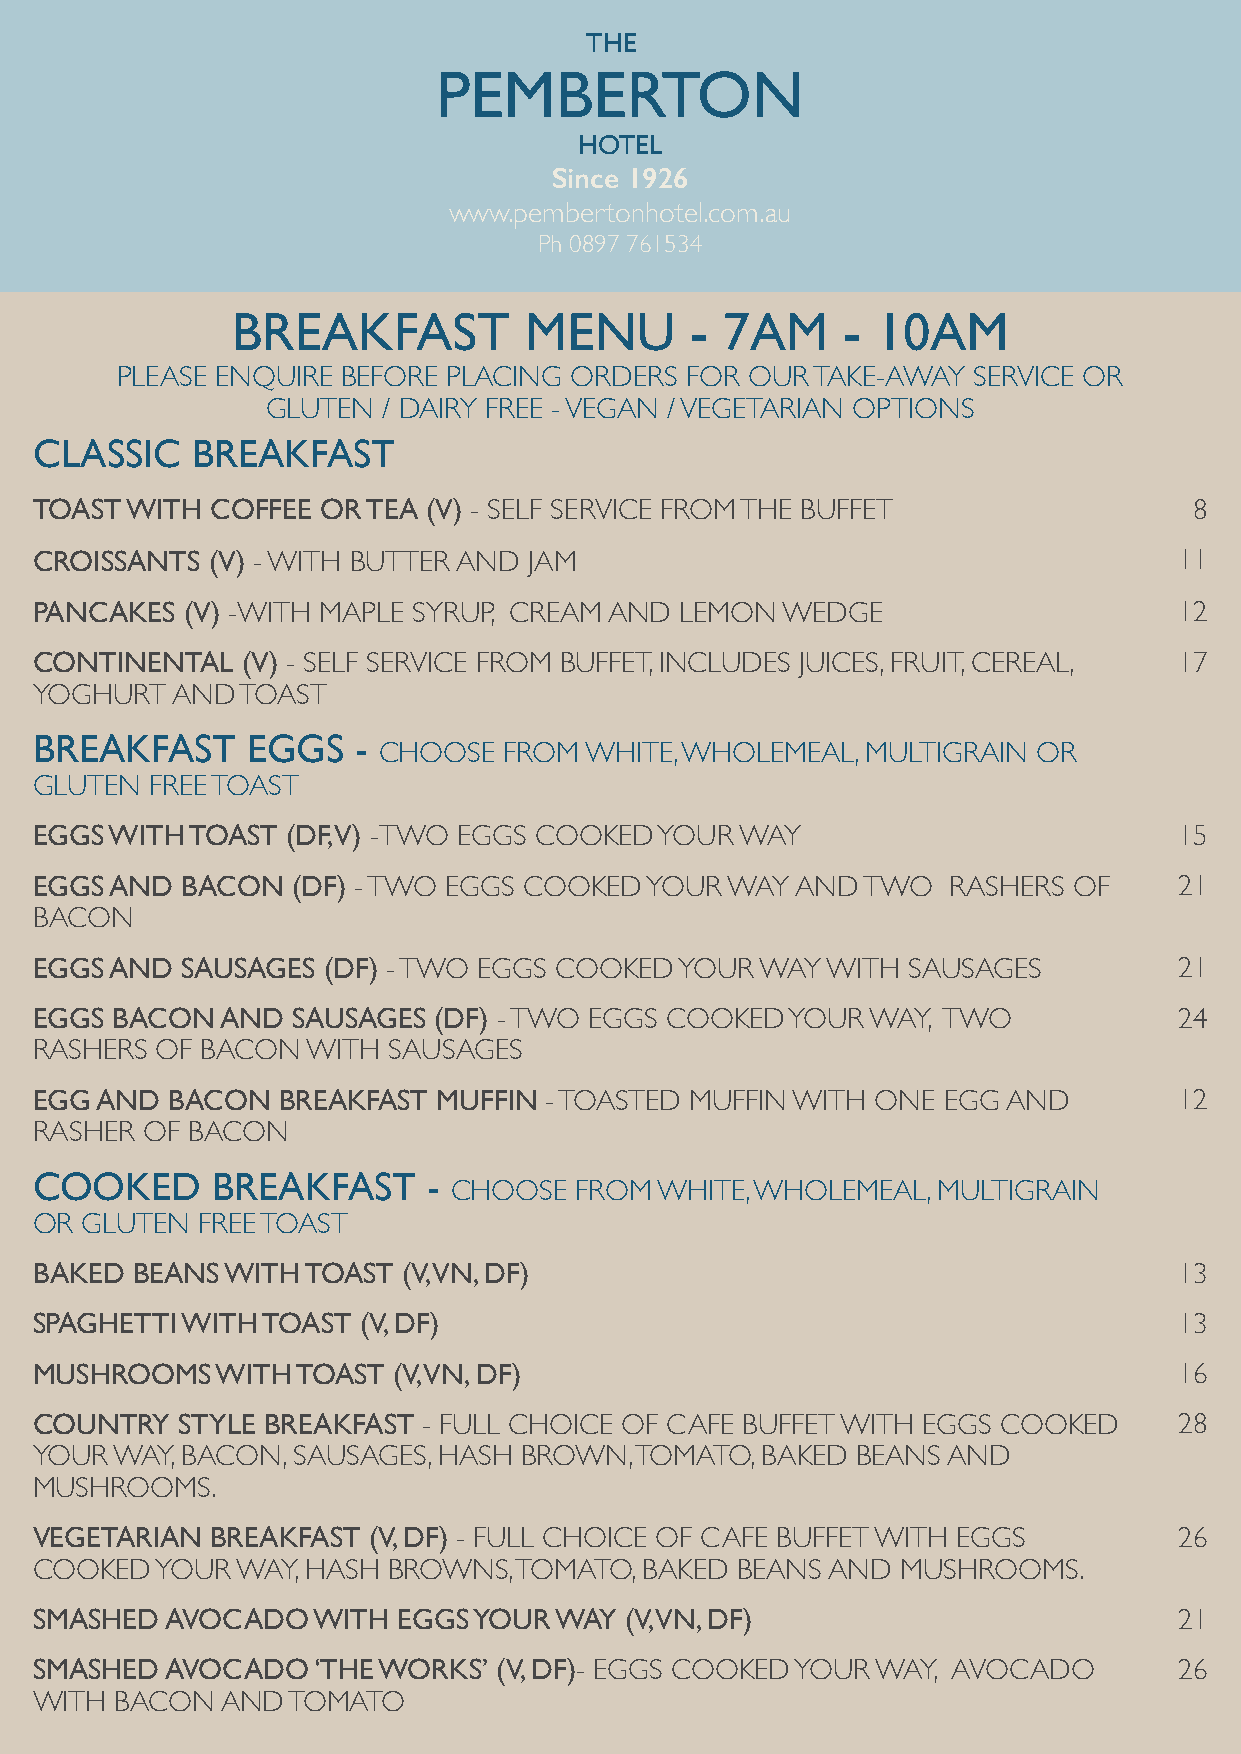
THE
 PEMBERTON
 HOTEL
 Since 1926
 www.pembertonhotel.com.au
 Ph 0897 761534
 BREAKFAST           MENU       - 7AM     - 10AM
 PLEASE ENQUIRE BEFORE PLACING ORDERS FOR OUR  TAKE-AWAY SERVICE OR
 GLUTEN / DAIRY FREE - VEGAN / VEGETARIAN OPTIONS
 CLASSIC    BREAKFAST
 TOAST WITH  COFFEE OR TEA (V) - SELF SERVICE FROM THE BUFFET                 8
 CROISSANTS  (V) - WITH BUTTER AND JAM                                       11
 PANCAKES  (V) -WITH MAPLE SYRUP, CREAM AND LEMON  WEDGE                     12
 CONTINENTAL   (V) - SELF SERVICE FROM BUFFET, INCLUDES JUICES, FRUIT, CEREAL, 17
 YOGHURT  AND  TOAST
 BREAKFAST     EGGS   -
 CHOOSE  FROM  WHITE, WHOLEMEAL, MULTIGRAIN  OR
 GLUTEN  FREE TOAST
 EGGS WITH  TOAST (DF, V) -TWO EGGS COOKED YOUR WAY                          15
 EGGS AND  BACON  (DF) - TWO EGGS COOKED  YOUR WAY  AND TWO   RASHERS OF     21
 BACON
 EGGS AND  SAUSAGES (DF) - TWO EGGS COOKED  YOUR WAY  WITH SAUSAGES          21
 EGGS BACON   AND SAUSAGES  (DF) - TWO EGGS COOKED YOUR  WAY, TWO            24
 RASHERS OF BACON  WITH  SAUSAGES
 EGG AND  BACON  BREAKFAST  MUFFIN - TOASTED MUFFIN WITH ONE EGG  AND        12
 RASHER OF BACON
 COOKED      BREAKFAST     -
 CHOOSE  FROM WHITE, WHOLEMEAL,  MULTIGRAIN
 OR GLUTEN  FREE TOAST
 BAKED  BEANS WITH TOAST  (V, VN, DF)                                        13
 SPAGHETTI WITH TOAST  (V, DF)                                               13
 MUSHROOMS   WITH  TOAST (V, VN, DF)                                         16
 COUNTRY   STYLE BREAKFAST - FULL CHOICE OF CAFE BUFFET WITH EGGS COOKED     28
 YOUR  WAY, BACON, SAUSAGES, HASH BROWN, TOMATO, BAKED  BEANS AND
 MUSHROOMS.
 VEGETARIAN  BREAKFAST (V, DF) - FULL CHOICE OF CAFE BUFFET WITH EGGS        26
 COOKED  YOUR  WAY, HASH BROWNS, TOMATO, BAKED  BEANS AND  MUSHROOMS.
 SMASHED  AVOCADO   WITH EGGS YOUR  WAY (V, VN, DF)                          21
 SMASHED  AVOCADO   ‘THE WORKS’ (V, DF)- EGGS COOKED YOUR WAY, AVOCADO       26
 WITH  BACON  AND TOMATO